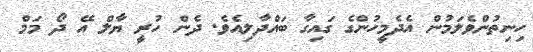
ހިނިތުންވެލަމުން އެދެމީހުންގެ ގައިގާ ބައްދާލިއެވެ. ދެން ހުރީ ޔާލް އޭ ދޯ މަމް